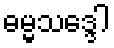
ဓမ္မသဒ္ဒေါ